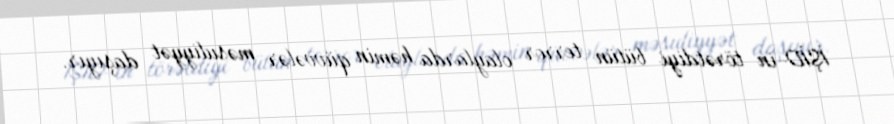
İŞİD-in törətdiyi bütün terror olaylarda həmin qüvvələr məsuliyyət daşıyır.